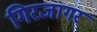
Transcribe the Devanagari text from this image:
गिरजागर